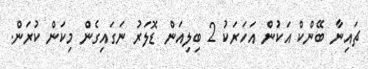
ޗައިނާ ބޭންކް އަކުން އަހަރަކު 2 ބިލިއަން ޑޮލަރު ނަގައިގެން މިކަން ކުރަން.